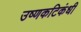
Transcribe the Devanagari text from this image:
उष्णकटिकंधी